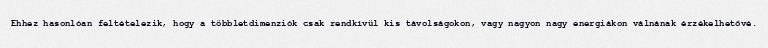
Ehhez hasonlóan feltételezik, hogy a többletdimenziók csak rendkívül kis távolságokon, vagy nagyon nagy energiákon válnának érzékelhetővé.